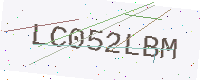
Text: LC052LBM